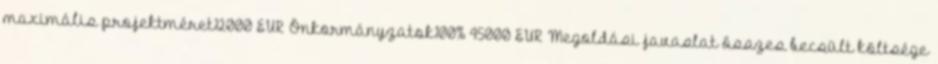
maximális projektméret12000 EUR▪Önkormányzatok100% 45000 EUR▪Megoldási javaslat összes becsült költsége